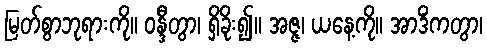
မြတ်စွာဘုရားကို။ ဝန္ဒီတွာ၊ ရှိခိုး၍။ အဇ္ဇ၊ ယနေ့ကို။ အာဒိံကတွာ၊